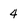
Character: 4